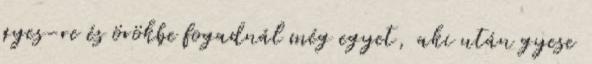
gyes-re és örökbe fogadnál még egyet, aki után gyese